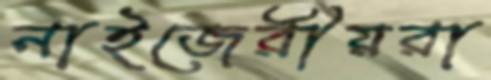
নাইজেরীয়রা